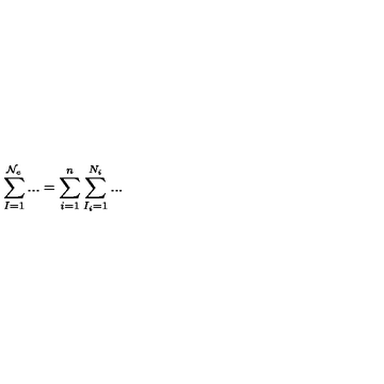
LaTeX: \sum _ { I = 1 } ^ { \mathcal { N } _ { e } } . . . = \sum _ { i = 1 } ^ { n } \sum _ { I _ { i } = 1 } ^ { N _ { i } } . . .